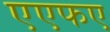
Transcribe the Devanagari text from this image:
एएफए